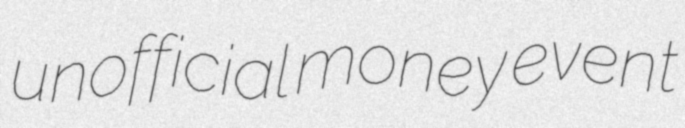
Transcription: unofficial money event